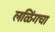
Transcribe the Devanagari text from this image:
लळिंगचा